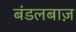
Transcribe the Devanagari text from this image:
बंडलबाज़